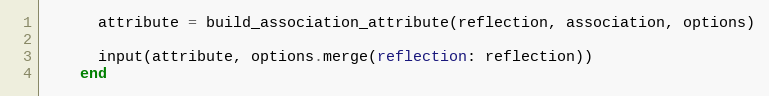
Language: Ruby
      attribute = build_association_attribute(reflection, association, options)

      input(attribute, options.merge(reflection: reflection))
    end